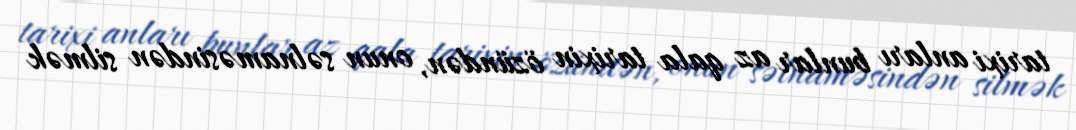
tarixi anları bunlar az qala tarixin özündən, onun səlnaməsindən silmək